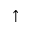
\uparrow